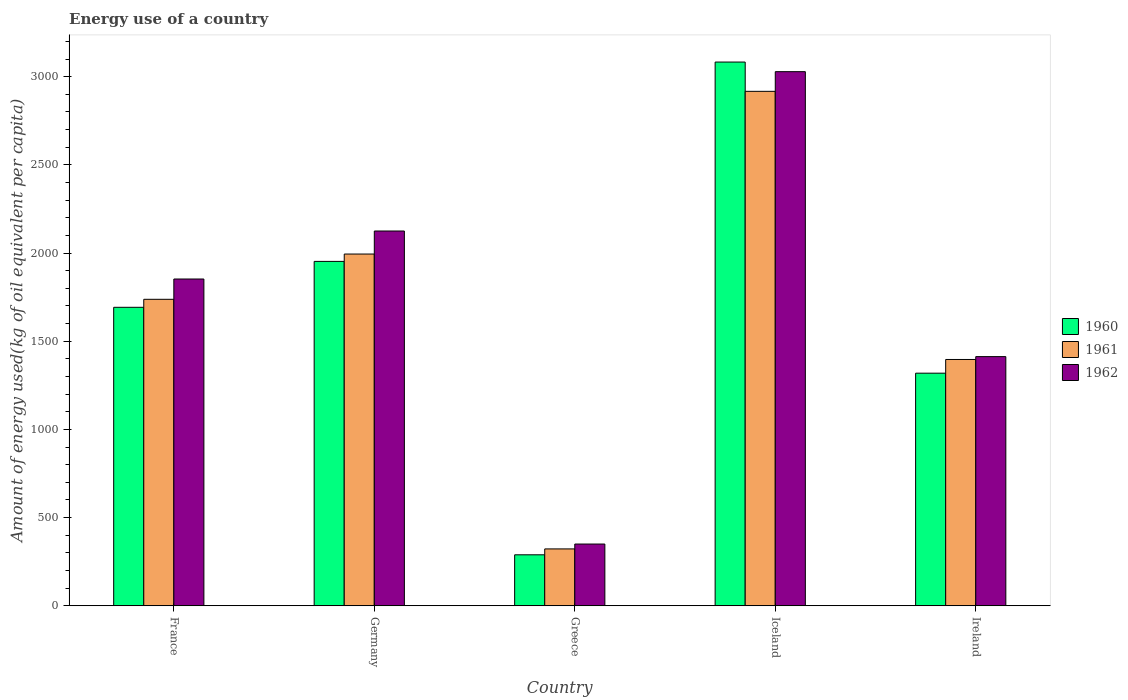
| Country | 1960 | 1961 | 1962 |
 | --- | --- | --- | --- |
 | France | 1.69e+03 | 1.74e+03 | 1.85e+03 |
 | Germany | 1.95e+03 | 1.99e+03 | 2.12e+03 |
 | Greece | 289 | 322 | 350 |
 | Iceland | 3.08e+03 | 2.92e+03 | 3.03e+03 |
 | Ireland | 1.32e+03 | 1.4e+03 | 1.41e+03 |